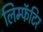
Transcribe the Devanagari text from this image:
लिम्फॅटिर